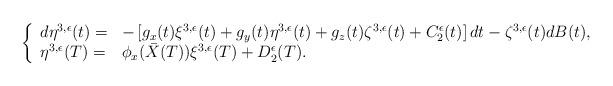
LaTeX: \begin{align*}\left\{\begin{array}[c]{ll}d\eta^{3,\epsilon}(t)= & -\left[ g_{x}(t)\xi^{3,\epsilon}(t)+g_{y}(t)\eta^{3,\epsilon}(t)+g_{z}(t)\zeta^{3,\epsilon}(t)+C_{2}^{\epsilon}(t)\right] dt-\zeta^{3,\epsilon}(t)dB(t),\\\eta^{3,\epsilon}(T)= & \phi_{x}(\bar{X}(T))\xi^{3,\epsilon}(T)+D_{2}^{\epsilon}(T).\end{array}\right. \end{align*}